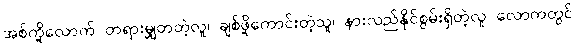
အစ်ကို့လောက် တရားမျှတတဲ့လူ၊ ချစ်ဖို့ကောင်းတဲ့သူ၊ နားလည်နိုင်စွမ်းရှိတဲ့လူ လောကတွင်